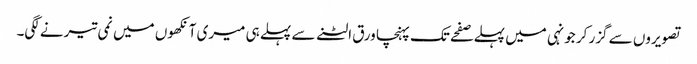
تصویروں سے گزر کر جونہی میں پہلے صفحے تک پہنچا ورق الٹنے سے پہلے ہی میری آنکھوں میں نمی تیرنے لگی۔